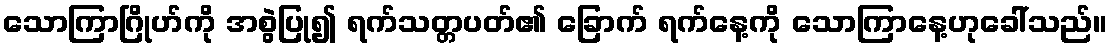
သောကြာဂြိုဟ်ကို အစွဲပြု၍ ရက်သတ္တပတ်၏ ခြောက် ရက်နေ့ကို သောကြာနေ့ဟုခေါ်သည်။